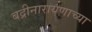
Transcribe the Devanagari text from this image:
बद्रीनारायणाच्या